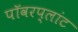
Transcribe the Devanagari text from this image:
पॉवरप्लांट